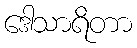
ဒေါသာရိတာ